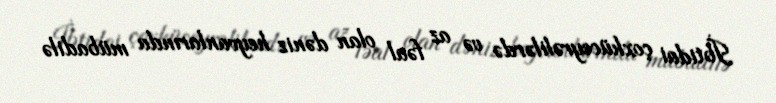
İbtidai çoxhüceyrəlilərdə və az fəal olan dəniz heyvanlarında mübadilə